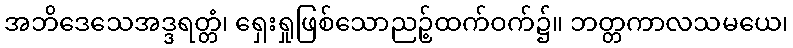
အဘိဒေသေအဒ္ဒရတ္တံ၊ ရှေးရှုဖြစ်သောညဉ့်ထက်ဝက်၌။ ဘတ္တကာလသမယေ၊